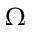
\Omega